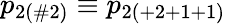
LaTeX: p_{2(\# 2)}\equiv p_{2(+2+1+1)}